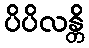
ပိပိလန္တိ